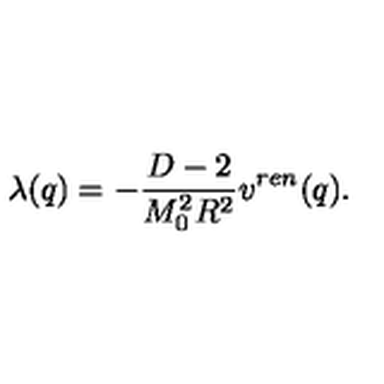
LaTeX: \lambda ( q ) = - \frac { D - 2 } { M _ { 0 } ^ { 2 } R ^ { 2 } } v ^ { r e n } ( q ) { . }